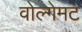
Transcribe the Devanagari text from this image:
वोल्गेमट